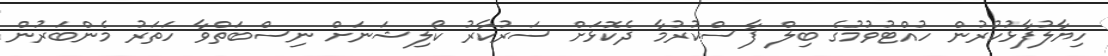
ހިޔާލުފާޅުކުރުން ހުއްޓުވުމުގެ ބިލް ފާސްކުރުމާ ދެކޮޅަށް ސަރުކާރު ކޯލިޝަނަށް ނިސްބަތްވާ ހަތަރު މެންބަރުން